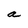
Character: a